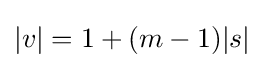
|v|=1+(m-1)|s|